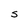
Character: S